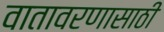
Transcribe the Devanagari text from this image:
वातावरणासाठी